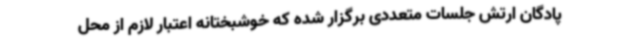
پادگان ارتش جلسات متعددی برگزار شده که خوشبختانه اعتبار لازم از محل